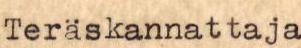
Teräskannattaja